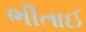
ભીતાઈ